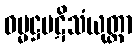
ဓမ္မဋ္ဌပဋိသံယုတ္တာ